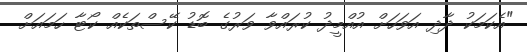
"އެކަމަކު ދާދި އަވަހަށް އުއްމީދު ކުރައްވާ ވަރުގެ ބޮޑު ކޭސްތަކެއް ކޯޓާ ހަމައަށް